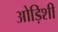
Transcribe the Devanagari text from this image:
ओड़िशी